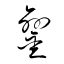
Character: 鑾